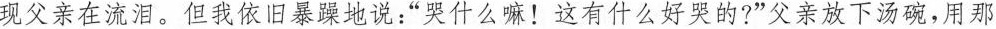
现父亲在流泪。但我依旧暴躁地说：”哭什么嘛！这有什么好哭的?”父亲放下汤碗，用那